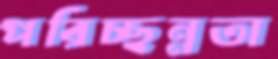
পরিচ্ছন্নতা